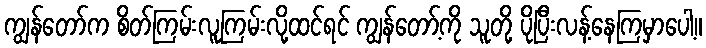
ကျွန်တော်က စိတ်ကြမ်းလူကြမ်းလို့ထင်ရင် ကျွန်တော့်ကို သူတို့ ပိုပြီးလန့်နေကြမှာပေါ့။